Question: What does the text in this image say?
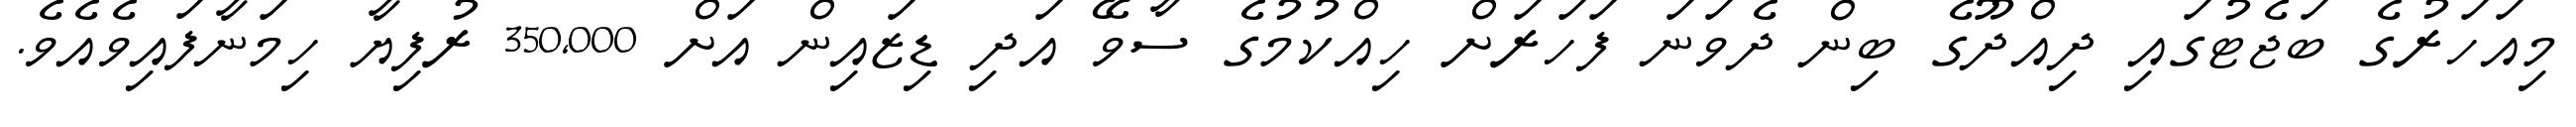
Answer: މިއަހަރުގެ ބަޖެޓުގައި ދިއްދޫގެ ބިން ދެވަނަ ފަހަރަށް ހިއްކުމުގެ ސާވޭ އަދި ޑިޒައިން އަށް 350,000 ރުފިޔާ ހިމަނާފައިވެއެވެ.